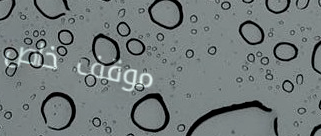
موقف خاص